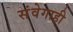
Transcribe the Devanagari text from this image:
संवेगाही